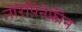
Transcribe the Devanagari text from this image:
नोरेपिनेफ्रीन